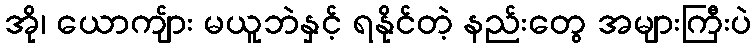
အို၊ ယောကျ်ား မယူဘဲနှင့် ရနိုင်တဲ့ နည်းတွေ အများကြီးပဲ